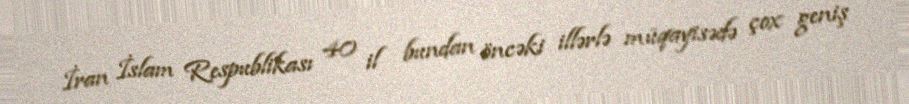
İran İslam Respublikası 40 il bundan öncəki illərlə müqayisədə çox geniş